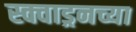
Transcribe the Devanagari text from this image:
स्क्वाड्रनच्या